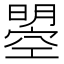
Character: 曌